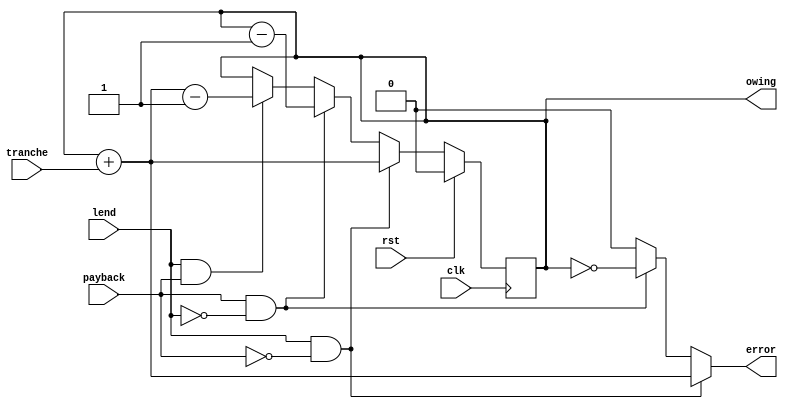
/* Copyright (c) 2016 by the author(s)
 *
 * Permission is hereby granted, free of charge, to any person obtaining a copy
 * of this software and associated documentation files (the "Software"), to deal
 * in the Software without restriction, including without limitation the rights
 * to use, copy, modify, merge, publish, distribute, sublicense, and/or sell
 * copies of the Software, and to permit persons to whom the Software is
 * furnished to do so, subject to the following conditions:
 *
 * The above copyright notice and this permission notice shall be included in
 * all copies or substantial portions of the Software.
 *
 * THE SOFTWARE IS PROVIDED "AS IS", WITHOUT WARRANTY OF ANY KIND, EXPRESS OR
 * IMPLIED, INCLUDING BUT NOT LIMITED TO THE WARRANTIES OF MERCHANTABILITY,
 * FITNESS FOR A PARTICULAR PURPOSE AND NONINFRINGEMENT. IN NO EVENT SHALL THE
 * AUTHORS OR COPYRIGHT HOLDERS BE LIABLE FOR ANY CLAIM, DAMAGES OR OTHER
 * LIABILITY, WHETHER IN AN ACTION OF CONTRACT, TORT OR OTHERWISE, ARISING FROM,
 * OUT OF OR IN CONNECTION WITH THE SOFTWARE OR THE USE OR OTHER DEALINGS IN
 * THE SOFTWARE.
 *
 * =============================================================================
 *
 * Unit that gets credits from the upstream communication partner
 *
 * Author(s):
 *   Stefan Wallentowitz <stefan@wallentowitz.de>
 */

module debtor
  #(parameter WIDTH = 1'bx,
    parameter TRANCHE_WIDTH = 1'bx)
   (
    input                     clk,
    input                     rst,

    input                     payback,
    output                    owing,
    input [TRANCHE_WIDTH-1:0] tranche,
    input                     lend,

    output reg                error
    );

   reg [WIDTH-1:0]            credit;
   reg [WIDTH:0]              nxt_credit;

   assign owing = |credit;

   always @(posedge clk) begin
      if (rst) begin
         credit <= 0;
      end else begin
         credit <= nxt_credit[WIDTH-1:0];
      end
   end

   always @(*) begin
      nxt_credit = credit;
      error = 0;

      if (lend & !payback) begin
         nxt_credit = credit + tranche;
         error = nxt_credit[WIDTH];
      end else if (payback & !lend) begin
         nxt_credit = nxt_credit - 1;
         error = ~|credit;
      end else if (lend & payback) begin
         nxt_credit = nxt_credit + tranche - 1;
      end
   end // always @ (*)

endmodule